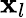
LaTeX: \mathbf{x}_{l}